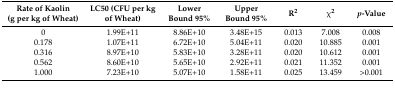
<table><thead><tr><td><b>Rate of Kaolin (g per kg of Wheat)</b></td><td><b>LC50 (CFU per kg of Wheat)</b></td><td><b>Lower Bound 95%</b></td><td><b>Upper Bound 95%</b></td><td><b>R<sup>2</sup></b></td><td><b>χ<sup>2</sup></b></td><td><b><i>p</i>-Value</b></td></tr></thead><tbody><tr><td>0</td><td>1.99E+11</td><td>8.86E+10</td><td>3.48E+15</td><td>0.013</td><td>7.008</td><td>0.008</td></tr><tr><td>0.178</td><td>1.07E+11</td><td>6.72E+10</td><td>5.04E+11</td><td>0.020</td><td>10.885</td><td>0.001</td></tr><tr><td>0.316</td><td>8.97E+10</td><td>5.83E+10</td><td>3.28E+11</td><td>0.020</td><td>10.612</td><td>0.001</td></tr><tr><td>0.562</td><td>8.60E+10</td><td>5.65E+10</td><td>2.92E+11</td><td>0.021</td><td>11.352</td><td>0.001</td></tr><tr><td>1.000</td><td>7.23E+10</td><td>5.07E+10</td><td>1.58E+11</td><td>0.025</td><td>13.459</td><td>&gt;0.001</td></tr></tbody></table>